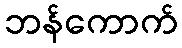
ဘန်ကောက်